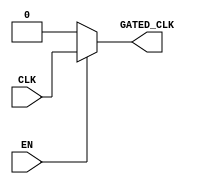
module clock_gating (
    input wire CLK,      // Primary clock signal
    input wire EN,       // Enable signal for clock gating
    output wire GATED_CLK // Gated clock output
);

// Internal signals for clock gating
wire clk_enable;

// Clock gating logic
assign clk_enable = EN ? CLK : 1'b0; // If EN is high, pass CLK; otherwise, ground it

// Gated clock output
assign GATED_CLK = clk_enable;

endmodule